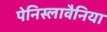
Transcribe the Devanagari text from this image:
पेनिस्लावैनिया